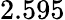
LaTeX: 2.595